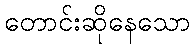
တောင်းဆိုနေသော